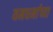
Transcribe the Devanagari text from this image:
यमधर्माच्या